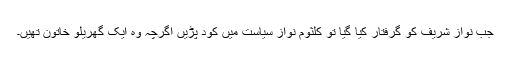
جب نواز شریف کو گرفتار کیا گیا تو کلثوم نواز سیاست میں کود پڑیں اگرچہ وہ ایک گھریلو خاتون تھیں۔